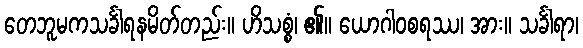
တေဘူမကသင်္ခါရနမိတ်တည်း။ ဟိသစ္စံ၊ ၏။ ယောဂါဝစရဿ၊ အား။ သင်္ခါရာ၊